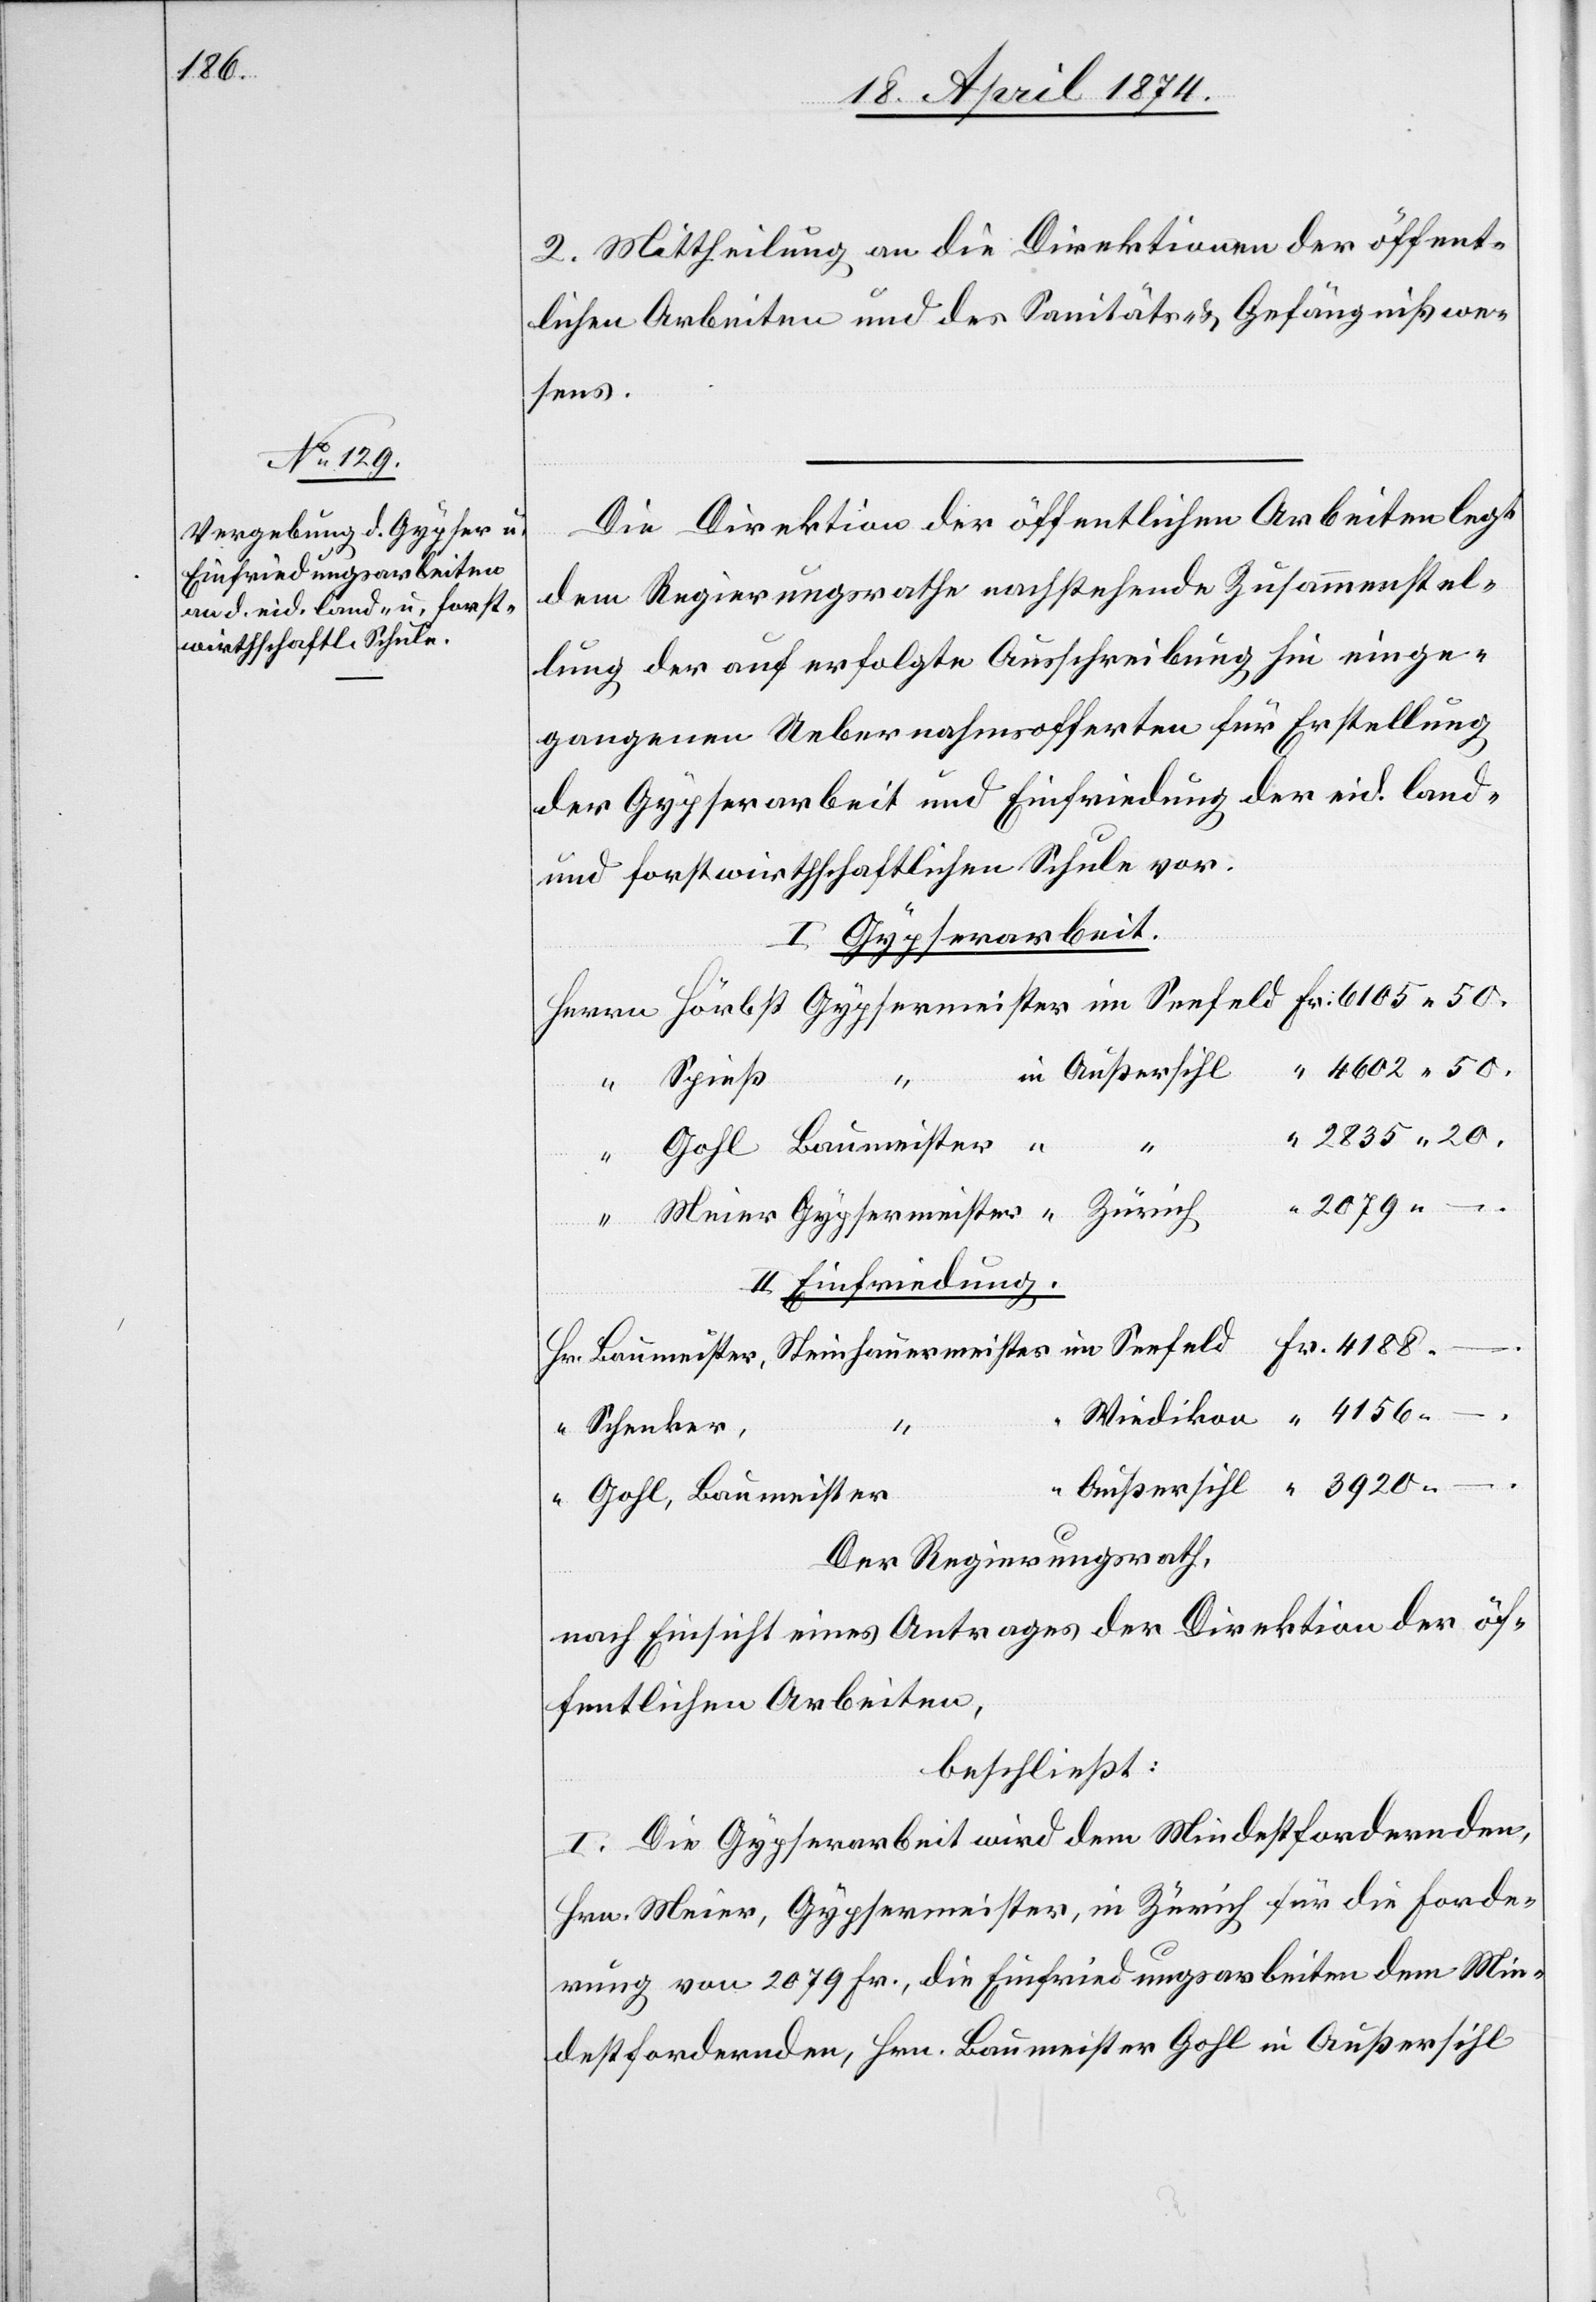
2. Mittheilung an die Direktionen der öffent¬
lichen Arbeiten und des Sanitäts- u. Gefängnißwe¬
sens.
Die Direktion der öffentlichen Arbeiten legt
Fr.
dem Regierungsrathe nachstehende Zusammenstel¬
lung der auf erfolgte Ausschreibung hin einge¬
gangenen Uebernahmsofferten für Erstellung
der Gypserarbeit und Einfriedung der eid. land-
und forstwirthschaftlichen Schule vor.
I. Gypserarbeit.
4602.50.
Außersihl
Fr.
Spieß
II. Einfriedung.
Schenker,
4156.–.
Der Regierungsrath,
nach Einsicht eines Antrages der Direktion der öf¬
fentlichen Arbeiten,
beschließt:
I. Die Gypserarbeit wird dem Mindestfordernden,
Hrn. Meier, Gypsermeister, in Zürich für die Forde¬
rung von 2079 Fr., die Einfriedungsarbeiten dem Min¬
destfordernden, Hrn. Baumeister Gohl in Außersihl